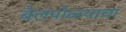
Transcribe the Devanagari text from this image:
बैलपोळ्याचा